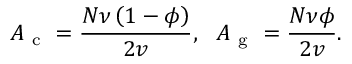
A _ { \mathrm { ~ c ~ } } = \frac { N \nu \left( 1 - \phi \right) } { 2 v } , \, \, \, \, A _ { \mathrm { ~ g ~ } } = \frac { N \nu \phi } { 2 v } .